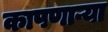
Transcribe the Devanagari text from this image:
कापणाऱ्या